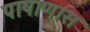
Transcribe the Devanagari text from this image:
पाषाणास